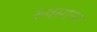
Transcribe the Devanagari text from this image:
रुक्साना